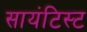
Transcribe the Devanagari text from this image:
सायंटिस्ट